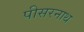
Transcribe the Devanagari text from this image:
पीसरनाथ